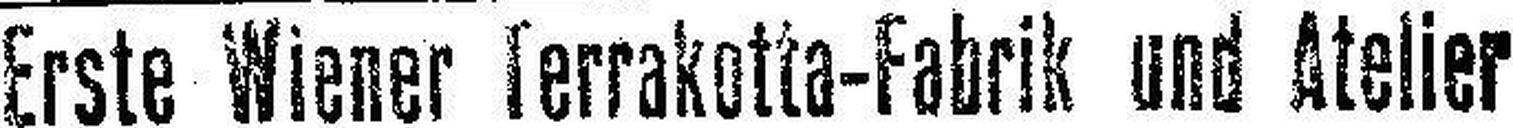
Erste Wiener Terrakotta-Fabrik und Atelier